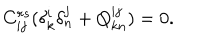
C _ { i j } ^ { r s } ( \delta _ { k } ^ { i } \delta _ { n } ^ { j } + Q _ { k n } ^ { i j } ) = 0 .